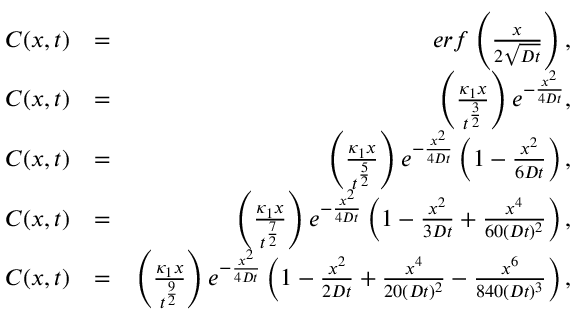
\begin{array} { r l r } { C ( x , t ) } & { = } & { e r f \left( { \frac { x } { 2 \sqrt { D t } } } \right) , } \\ { C ( x , t ) } & { = } & { \left( \frac { \kappa _ { 1 } x } { t ^ { \frac { 3 } { 2 } } } \right) e ^ { - \frac { x ^ { 2 } } { 4 D t } } , } \\ { C ( x , t ) } & { = } & { \left( \frac { \kappa _ { 1 } x } { t ^ { \frac { 5 } { 2 } } } \right) e ^ { - \frac { x ^ { 2 } } { 4 D t } } \left( 1 - \frac { x ^ { 2 } } { 6 D t } \right) , } \\ { C ( x , t ) } & { = } & { \left( \frac { \kappa _ { 1 } x } { t ^ { \frac { 7 } { 2 } } } \right) e ^ { - \frac { x ^ { 2 } } { 4 D t } } \left( 1 - \frac { x ^ { 2 } } { 3 D t } + \frac { x ^ { 4 } } { 6 0 ( D t ) ^ { 2 } } \right) , } \\ { C ( x , t ) } & { = } & { \left( \frac { \kappa _ { 1 } x } { t ^ { \frac { 9 } { 2 } } } \right) e ^ { - \frac { x ^ { 2 } } { 4 D t } } \left( 1 - \frac { x ^ { 2 } } { 2 D t } + \frac { x ^ { 4 } } { 2 0 ( D t ) ^ { 2 } } - \frac { x ^ { 6 } } { 8 4 0 ( D t ) ^ { 3 } } \right) , } \end{array}